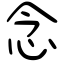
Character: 念